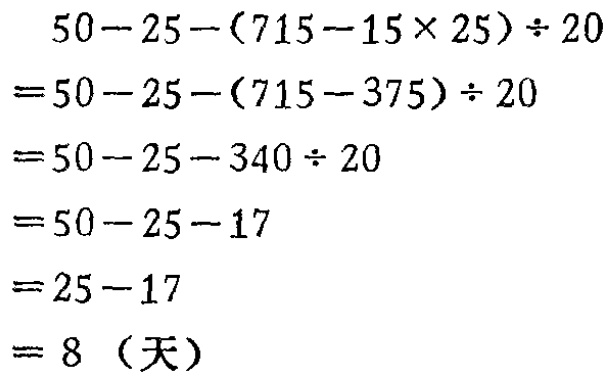
\[
\begin{align*}
&50 - 25 - (715 - 15\times25)\div20\\
=&50 - 25 - (715 - 375)\div20\\
=&50 - 25 - 340\div20\\
=&50 - 25 - 17\\
=&25 - 17\\
=&8 \text{（天）}
\end{align*}
\]